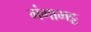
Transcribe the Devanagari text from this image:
गंगाभट्ट